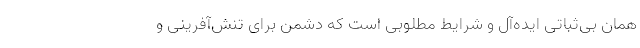
همان بی‌ثباتی ایده‌آل و شرایط مطلوبی است که دشمن برای تنش‌آفرینی و